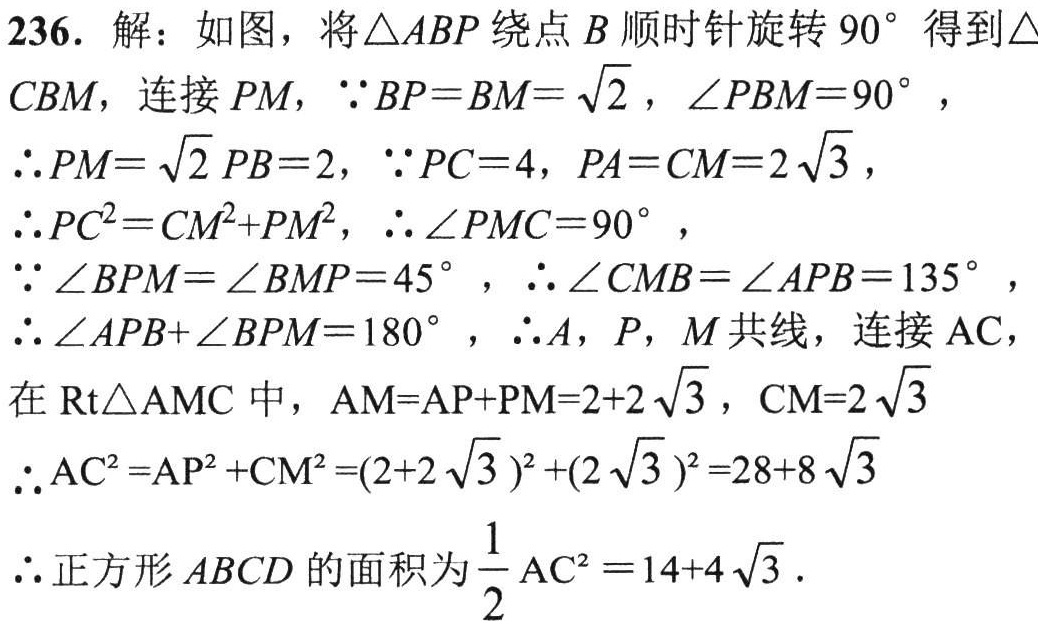
236. 解：如图，将\(\triangle ABP\)绕点\(B\)顺时针旋转\(90^{\circ}\)得到\(\triangle CBM\)，连接\(PM\)，\(\because BP = BM=\sqrt{2}\)，\(\angle PBM = 90^{\circ}\)，
\(\therefore PM=\sqrt{2}PB = 2\)，\(\because PC = 4\)，\(PA = CM = 2\sqrt{3}\)，
\(\therefore PC^{2}=CM^{2}+PM^{2}\)，\(\therefore \angle PMC = 90^{\circ}\)，
\(\because \angle BPM=\angle BMP = 45^{\circ}\)，\(\therefore \angle CMB=\angle APB = 135^{\circ}\)，
\(\therefore \angle APB+\angle BPM = 180^{\circ}\)，\(\therefore A\)，\(P\)，\(M\)共线，连接\(AC\)，
在\(\text{Rt}\triangle AMC\)中，\(AM = AP + PM=2 + 2\sqrt{3}\)，\(CM = 2\sqrt{3}\)
\(\therefore AC^{2}=AP^{2}+CM^{2}=(2 + 2\sqrt{3})^{2}+(2\sqrt{3})^{2}=28 + 8\sqrt{3}\)
\(\therefore\)正方形\(ABCD\)的面积为\(\frac{1}{2}AC^{2}=14 + 4\sqrt{3}\)．